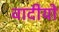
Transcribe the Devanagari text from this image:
वादीयो